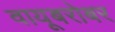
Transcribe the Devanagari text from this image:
वायूबरोबर